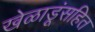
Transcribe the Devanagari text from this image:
खेळाडूंसहित